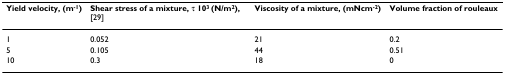
<table><thead><tr><td><b>Yield velocity, (m<sup>-1</sup>)</b></td><td><b>Shear stress of a mixture, τ 10<sup>3 </sup>(N/m<sup>2</sup>), [29]</b></td><td><b>Viscosity of a mixture, (mNcm<sup>-2</sup>)</b></td><td><b>Volume fraction of rouleaux</b></td></tr></thead><tbody><tr><td>1</td><td>0.052</td><td>21</td><td>0.2</td></tr><tr><td>5</td><td>0.105</td><td>44</td><td>0.51</td></tr><tr><td>10</td><td>0.3</td><td>18</td><td>0</td></tr></tbody></table>